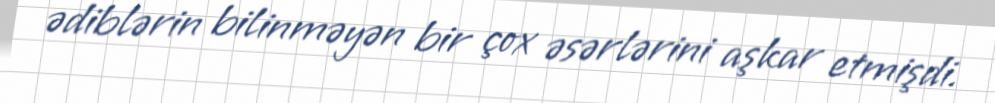
ədiblərin bilinməyən bir çox əsərlərini aşkar etmişdi.